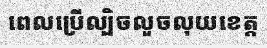
ពេលប្រើល្បិចលួចលុយខេត្ត